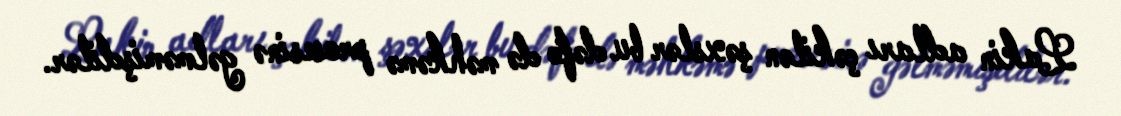
Lakin adları çəkilən şəxslər bu dəfə də məhkəmə prosesinə gəlməmişdilər.